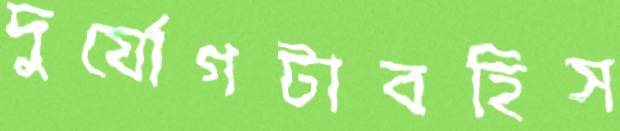
দুর্যোগটাবহিস